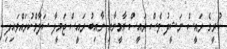
ކުރީގެ ރައީސް ނަޝީދު ވެސް ރައީސް ޔާމީނާއި ނާއިބު ރައީސް ޖަމީލާ ސަލާމްކުރައްވައިފި